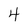
Character: 4